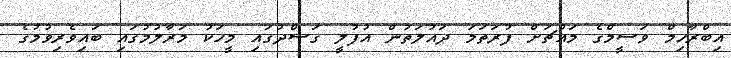
އިބްރާހިމް ވަސީމްގެ މައްޗަށް ފުރަތަމަ ދައުލަތުން އުފުލީ ގަސްދުގައި މީހަކު މަރާލުމުގައި ބައިވެރިވުމުގެ